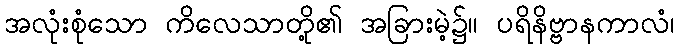
အလုံးစုံသော ကိလေသာတို့၏ အခြားမဲ့၌။ ပရိနိဗ္ဗာနကာလံ၊